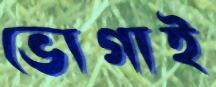
ভোগাই